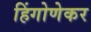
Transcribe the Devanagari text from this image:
हिंगोणेकर